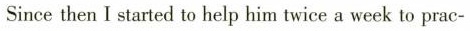
Since then I started to help him twice a week to prac-